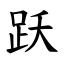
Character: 跃